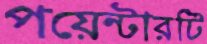
পয়েন্টারটি